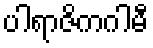
ပါရာဇိကဂါမီ